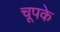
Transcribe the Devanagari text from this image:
चूपके